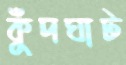
কুঁদঘাট